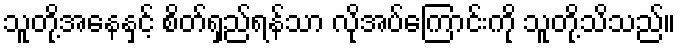
သူတို့အနေနှင့် စိတ်ရှည်ရန်သာ လိုအပ်ကြောင်းကို သူတို့သိသည်။